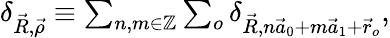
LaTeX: \begin{array}{r}{\delta_{\vec{R},\vec{\rho}}\equiv\sum_{n,m\in\mathbb{Z}}\sum_{o}\delta_{\vec{R},n\vec{a}_{0}+m\vec{a}_{1}+\vec{r}_{o}},}\end{array}